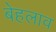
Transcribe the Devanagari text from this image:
बेहलाव